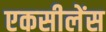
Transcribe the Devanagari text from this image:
एकसीलेंस